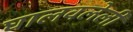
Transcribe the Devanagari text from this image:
घालवलेली